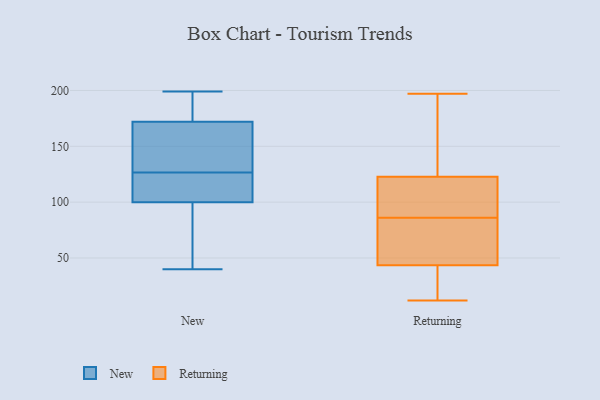
{"axis": {"x": "Operating Costs (USD K)", "y": "Value"}, "legend": ["New", "Returning"], "data": [{"x": "", "y": 167, "type": "New"}, {"x": "", "y": 129, "type": "New"}, {"x": "", "y": 82, "type": "New"}, {"x": "", "y": 42, "type": "New"}, {"x": "", "y": 121, "type": "New"}, {"x": "", "y": 189, "type": "New"}, {"x": "", "y": 110, "type": "New"}, {"x": "", "y": 125, "type": "New"}, {"x": "", "y": 138, "type": "New"}, {"x": "", "y": 90, "type": "New"}, {"x": "", "y": 162, "type": "New"}, {"x": "", "y": 127, "type": "New"}, {"x": "", "y": 199, "type": "New"}, {"x": "", "y": 40, "type": "New"}, {"x": "", "y": 126, "type": "New"}, {"x": "", "y": 195, "type": "New"}, {"x": "", "y": 89, "type": "New"}, {"x": "", "y": 177, "type": "New"}, {"x": "", "y": 184, "type": "New"}, {"x": "", "y": 117, "type": "New"}, {"x": "", "y": 152, "type": "Returning"}, {"x": "", "y": 84, "type": "Returning"}, {"x": "", "y": 150, "type": "Returning"}, {"x": "", "y": 74, "type": "Returning"}, {"x": "", "y": 182, "type": "Returning"}, {"x": "", "y": 116, "type": "Returning"}, {"x": "", "y": 42, "type": "Returning"}, {"x": "", "y": 125, "type": "Returning"}, {"x": "", "y": 95, "type": "Returning"}, {"x": "", "y": 31, "type": "Returning"}, {"x": "", "y": 12, "type": "Returning"}, {"x": "", "y": 116, "type": "Returning"}, {"x": "", "y": 24, "type": "Returning"}, {"x": "", "y": 48, "type": "Returning"}, {"x": "", "y": 114, "type": "Returning"}, {"x": "", "y": 86, "type": "Returning"}, {"x": "", "y": 57, "type": "Returning"}, {"x": "", "y": 197, "type": "Returning"}, {"x": "", "y": 18, "type": "Returning"}]}